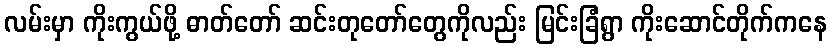
လမ်းမှာ ကိုးကွယ်ဖို့ ဓာတ်တော် ဆင်းတုတော်တွေကိုလည်း မြင်းခြံရွာ ကိုးဆောင်တိုက်ကနေ